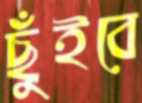
ছুঁইবে